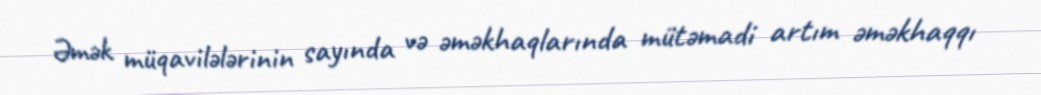
Əmək müqavilələrinin sayında və əməkhaqlarında mütəmadi artım əməkhaqqı